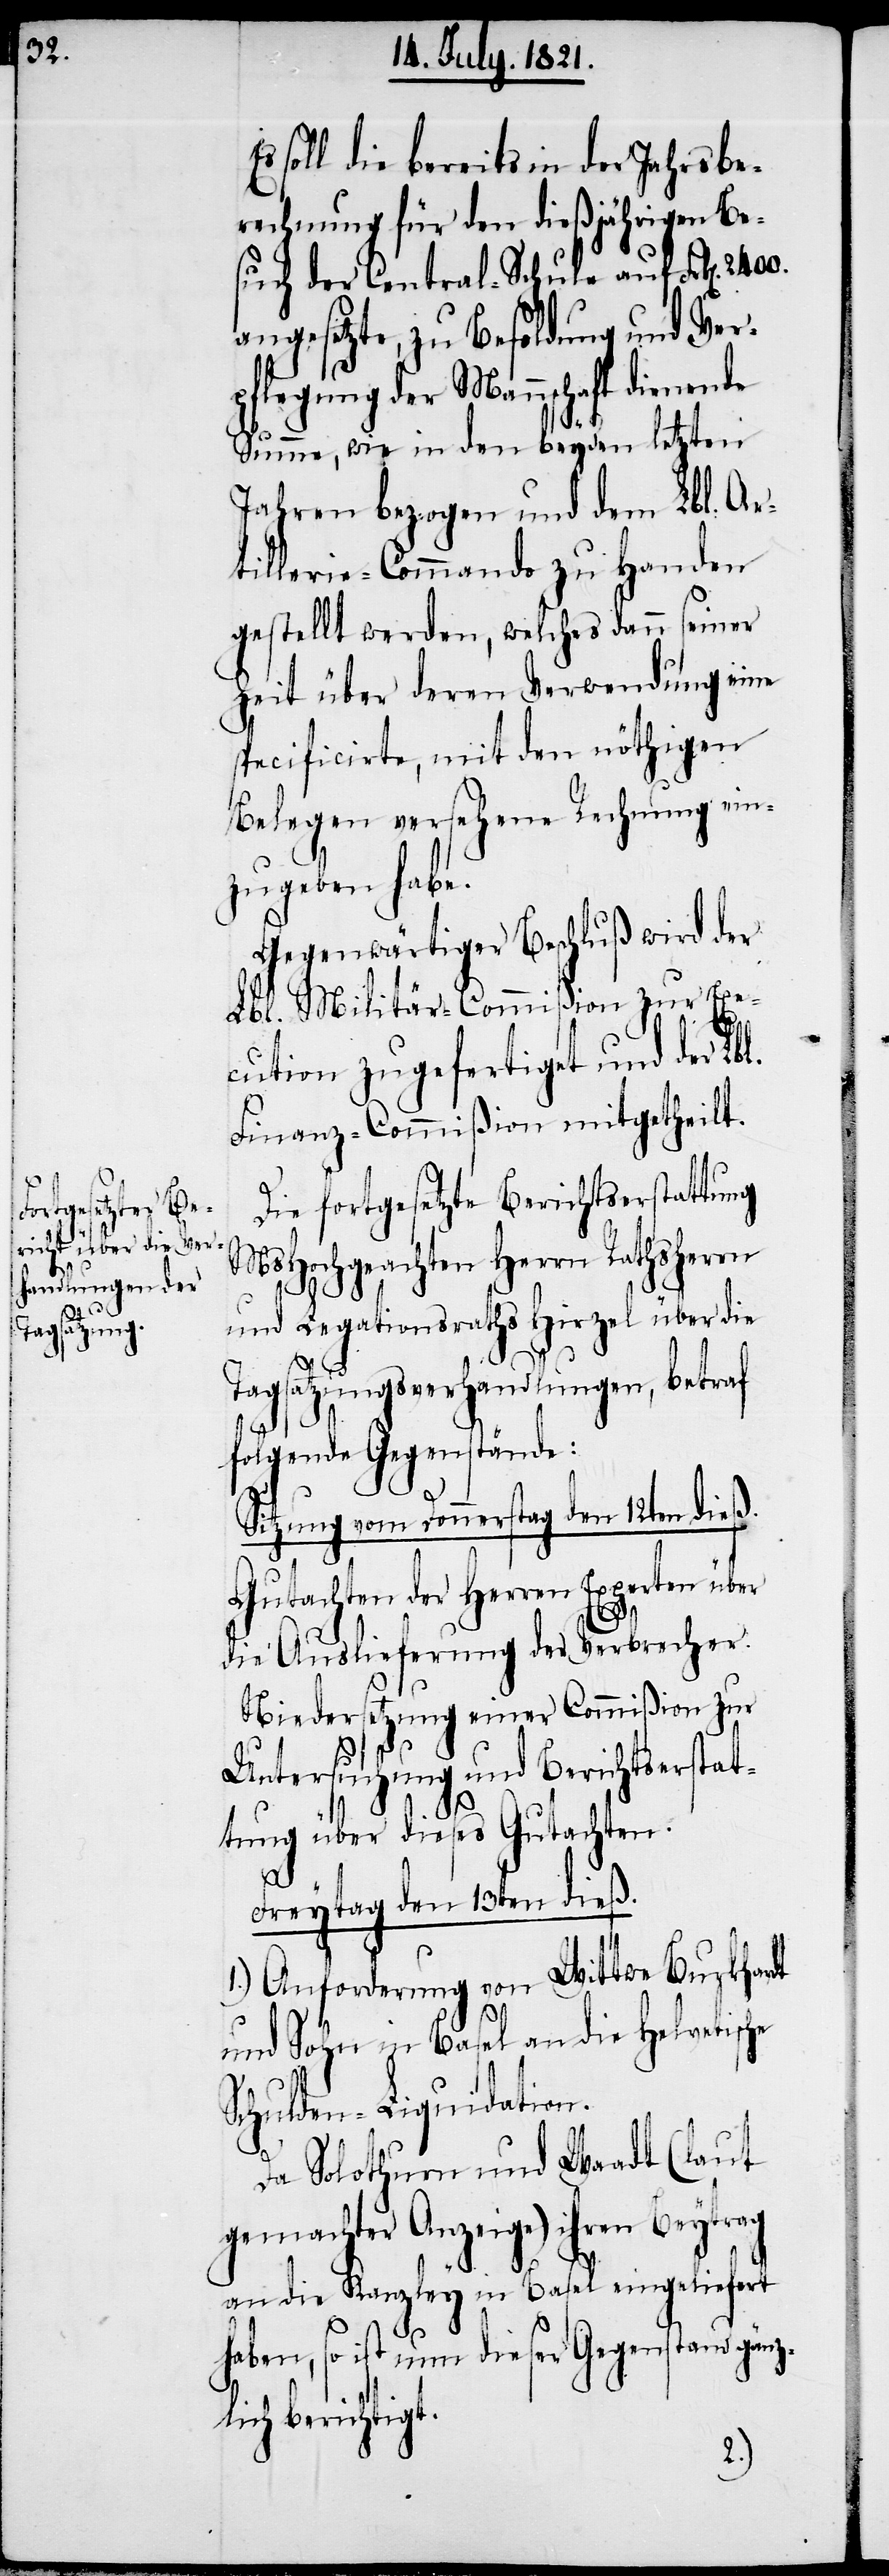
Es soll die bereits in der Jahresbe¬
rechnung für den dießjährigen Be¬
such der Central-Schule auf Frk[en].
angesetzte, zu Besoldung und Ver¬
pflegung der Mannschaft dienende
Summe, wie in den beyden letzten
Jahren bezogen und dem Lbl. Ar¬
tillerie-Commando zu Handen
gestellt werden, welches dann seiner
Zeit über deren Verwendung eine
specificirte, mit den nöthigen
Belegen versehene Rechnung ein¬
zugeben habe.
Gegenwärtiger Beschluß wird der
Lbl. Militär-Commißion zur Exe¬
cution zugefertiget und der
Finanz-Commißion mitgetheilt.
Die fortgesetzte Berichtserstattung
MsHochgeachten Herrn Rathsherrn
und Legationsraths Hirzel über die
Tagsatzungsverhandlungen, betraf
folgende Gegenstände:
Sitzung vom Donnerstag den 12ten dieß.
Gutachten der Herren Experten über
die Auslieferung der Verbrecher.
Niedersetzung einer Commißion zur
Untersuchung und Berichtserstat¬
tung über dieses Gutachten.
Freytags den 13ten dieß.
1.) Anforderung an Wittwe Burckhardt
und Sohn in Basel an die Helvetische
Schulden-Liquidation.
Da Solothurn und Waadt (laut
gemachter Anzeige) ihren Beytrag
an die Kanzley in Basel eingeliefert
haben, so ist nun dieser Gegenstand gänz¬
lich berichtigt.